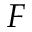
F